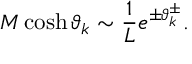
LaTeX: { \cal M } \cosh \vartheta _ { k } \sim \displaystyle \frac { 1 } { L } e ^ { \pm \vartheta _ { k } ^ { \pm } } .